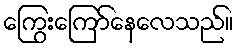
ကြွေးကြော်နေလေသည်။